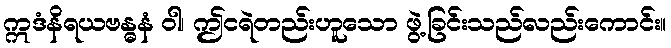
ဣဒံနိရယဗန္ဓနံ ဝါ၊ ဤငရဲတည်းဟူသော ဖွဲ့ခြင်းသည်လည်းကောင်း။